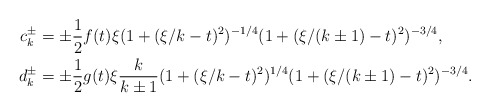
\begin{align*} c_{k}^{\pm} &= \pm\frac{1}{2} f(t)\xi (1+(\xi/k-t)^2)^{-1/4} (1+(\xi/(k\pm 1)-t)^2)^{-3/4},\\ d_{k}^{\pm} &= \pm \frac{1}{2} g(t)\xi \frac{k}{k\pm 1} (1+(\xi/k-t)^2)^{1/4} (1+(\xi/(k\pm 1)-t)^2)^{-3/4}. \end{align*}